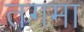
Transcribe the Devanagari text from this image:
तगमा